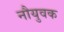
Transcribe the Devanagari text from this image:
नौयुवक